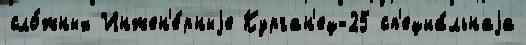
сло́жных Инжен'е́рныjе Курган'ец-25 сп'ециа́льнаjа